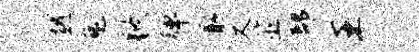
越兔歇弹取又筮部王